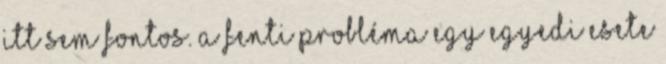
itt sem fontos. A fenti probléma egy egyedi esete